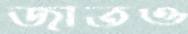
জাতও